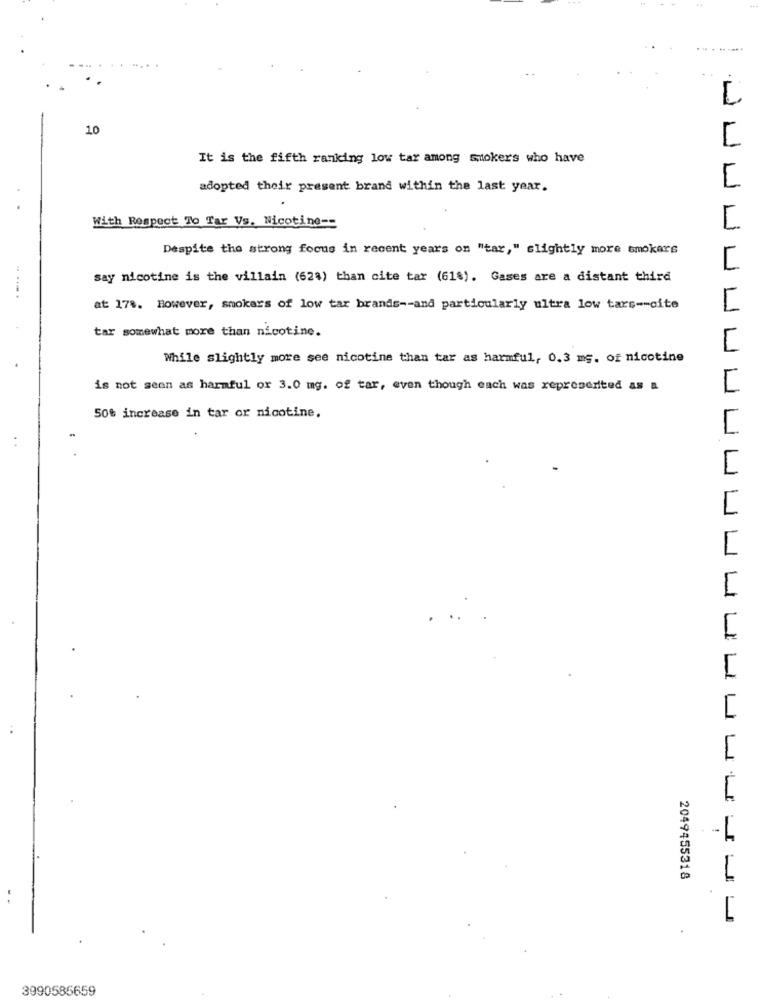
10
It is the fifth ranking low tar among smokers who have
adopted their present brand within the last year.
With Respect To Tar Vs. Nicotine --
Despite the strong focus in recent years on "tar," slightly more smokers
say nicotine is the villain (62%) than cite tar (618). Gases are a distant third
at 178. However, smokers of low tar brands -- and particularly ultra low tars -- cite
tar somewhat more than nicotine.
While slightly more see nicotine than tar as harmful, 0.3 mg. of nicotine
is not seen as harmful or 3.0 mg. of tar, even though each was represented as a
50% increase in tar or nicotine.
. .
1
1
2049455318
3990585659